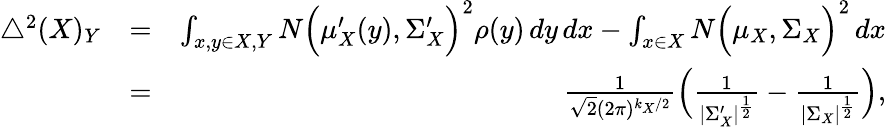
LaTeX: \begin{array}{rlr}{\bigtriangleup^{2}(X)_{Y}}&{=}&{\int_{x,y\in X,Y}N\Big(\mu_{X}^{\prime}(y),\Sigma_{X}^{\prime}\Big)^{2}\rho(y)\, dy\, dx-\int_{x\in X}N\Big(\mu_{X},\Sigma_{X}\Big)^{2}\, dx}\\ &{=}&{\frac{1}{\sqrt{2}(2\pi)^{k_{X}/2}}\Big(\frac{1}{|\Sigma_{X}^{\prime}|^{\frac{1}{2}}}-\frac{1}{|\Sigma_{X}|^{\frac{1}{2}}}\Big),}\end{array}